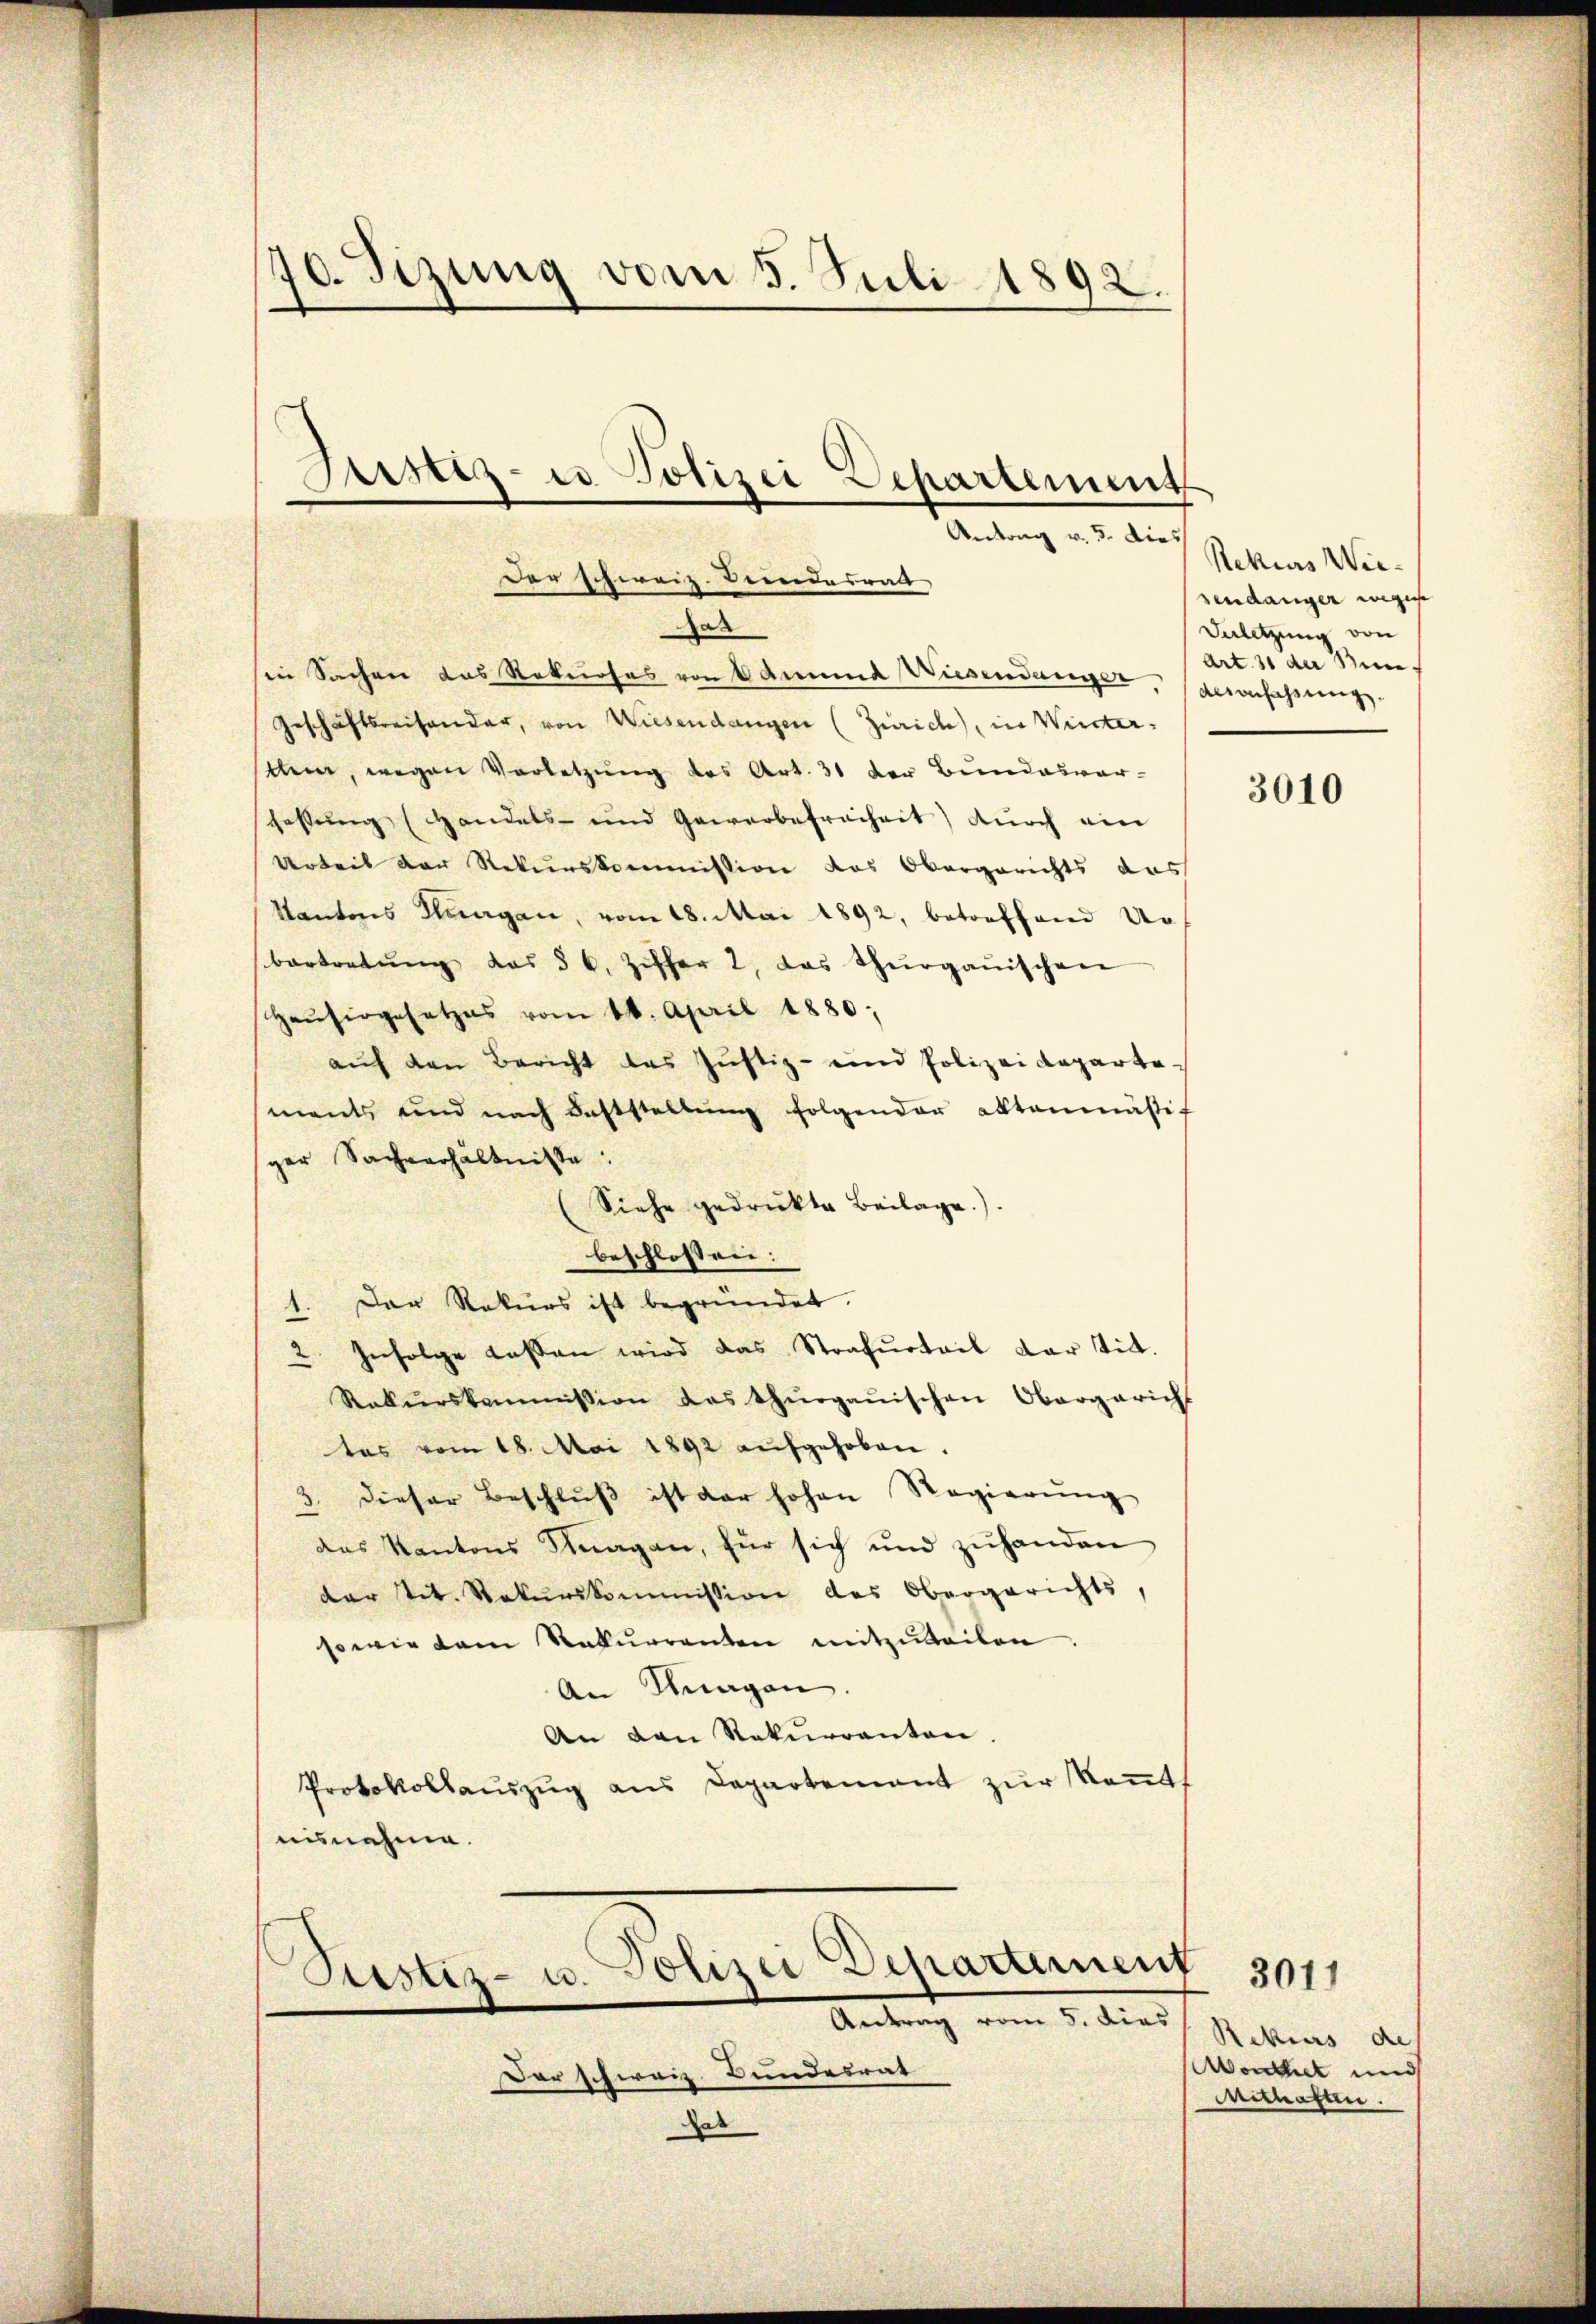
70. Sizung vom 5. Juli 1892.

Justiz- u Polizei Departement
Antrag v. 5. dies
der schweiz. Beendesrat

ar
ie Sachen das Rekurses von Admund Wiesendunger, gesanfassungs-
Geschäftsreisender, von Wiesendangen (Zürich, in Wintersthen, wegen Vorletzung des Art. 31 der Bundesver-
schaffŭng (Handels- und Gewerbefreiheit) durch ein
Urteil der Rekurskommission das Obergerichts das
Kantons Thurgau, vom 18. Mai 1892, betreffend Urbertretŭng des § 6. Ziffer 2, das Thurgauischen
Haŭsirgesetzes vom 18. April 1880;
auf den Bericht das Justiz- und Polizeidepartements und nach Feststellŭng folgender Aktenmäßif
ger Sachverhältnisse:
Siehe gedrukte Beilage).
beschlossen:
1. Der Rekurs ist begründet.
2. Infolge lassen wird das Strafurteil dar tit.
Rekŭrskommission des Thurgauischen Obergericht
tes vom 18. Mai 1892 aŭfgehoben.
dieser Beschlŭβ ist der hohen Regierŭng
das Kantons Fragen, für sich und zŭhanden
dar tit. Rekurskommission des Obergerichts,
sowie dam Rekurrenten mitzŭteilen.
An Magen
An den Rekurrenten.
Protokollauszug aus Departement zur Kennt
nisnehme.
Sistiz- u. Polizei Departement
Antrag vom 5. dies
Der schweiz. Bundesrat
as

Rekurs Wiependanger Regis
Duletzung von
Art. 31 der Bun

3010

Rekurs de
Wordthet und
Mithafen.

3011